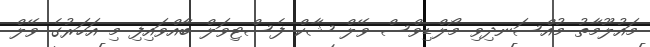
މައުލޫމާތު މުއްސަނދިވި މޯލްޑިވްސް ވޭލް ޝާކް ފެސްޓިވަލް ބާއްވައިފި މި އަހަރުގެ ވޭލް